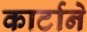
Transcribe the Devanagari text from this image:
कार्टाने